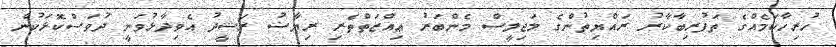
ހުރިހާކަމެއްގެ ތަފުރިބާކާރު ރައްޔިތުންގެ މަޖިލީސް މެންބަރު ޢިއްޒަތްތެރި ރިޔާޟު ރަޝީދު އެވިދާޅުވަނީ ދުވަސްކޮޅަކުން